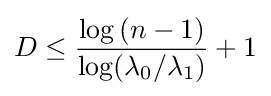
D\leq {\frac {\log {(n-1)}}{\log(\lambda _{0}/\lambda _{1})}}+1